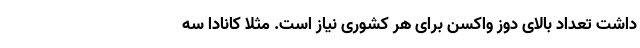
داشت تعداد بالای دوز واکسن برای هر کشوری نیاز است. مثلا کانادا سه